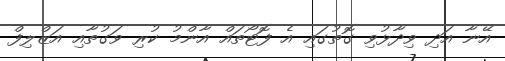
އޭނާ އަދި ވިދާޅުވި ގޮތުގައި އެ ފޮޓޯތައް އާންމު ކުރި ވަގުތާއި އަޒްލިފް